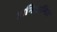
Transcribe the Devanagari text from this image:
अनिक्रमित